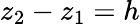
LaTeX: z_{2}-z_{1}=h